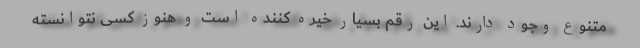
متنوع وجود دارند. این رقم بسیار خیره کننده است و هنوز کسی نتوانسته